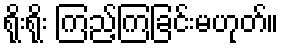
ရိုးရိုး ကြည့်ကြခြင်းမဟုတ်။